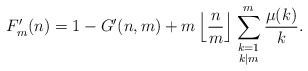
\begin{align*}F'_m(n) = 1 - G'(n,m) + m \left\lfloor \frac{n}{m} \right\rfloor \sum_{\begin{smallmatrix}k=1\\k|m \end{smallmatrix}}^m \frac{\mu(k)}{k}.\end{align*}